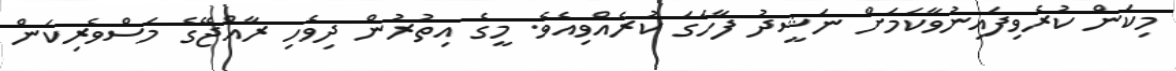
މިކަން ކުރެވިފައިނުވާކަމަށް ނަޝީދު ފާހަގަ ކުރެއްވިއެވެ. މީގެ އިތުރުން ދިވެހި ރާއްޖޭގެ މަސްވެރިކަން